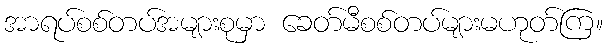
အာရပ်စစ်တပ်အများစုမှာ ခေတ်မီစစ်တပ်များမဟုတ်ကြ။